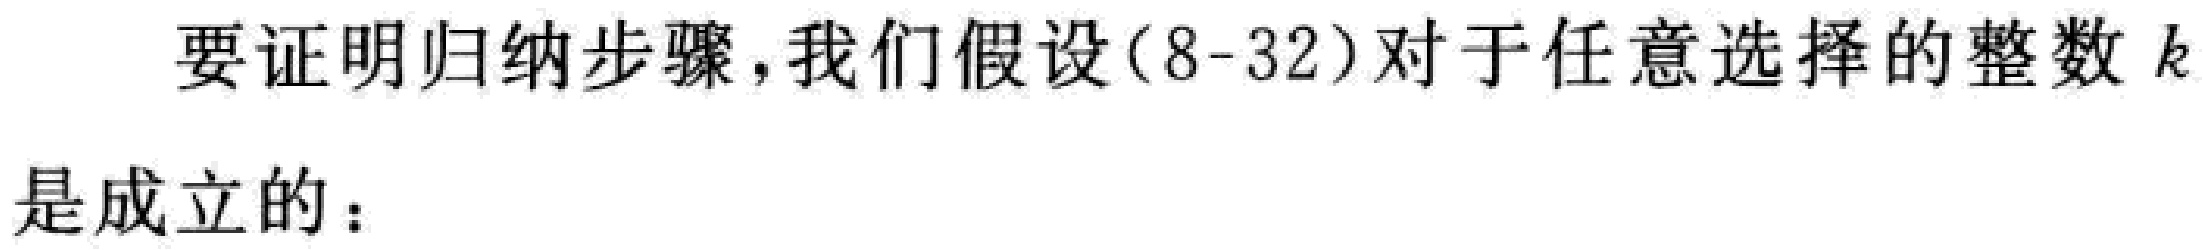
要证明归纳步骤，我们假设（8-32）对于任意选择的整数 \(k\) 是成立的：